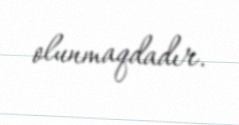
olunmaqdadır.